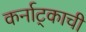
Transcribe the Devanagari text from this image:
कर्नाट्काची